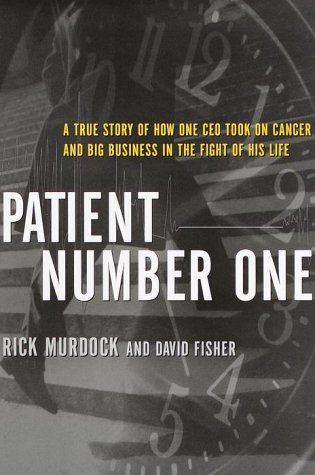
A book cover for Patient Number One: A True Story of How One CEO Took on Cancer and Big Business in the Fight of His Life; Rick Murdock; Medical Books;